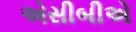
એસીબીએ